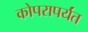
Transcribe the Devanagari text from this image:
कोपरापर्यंत